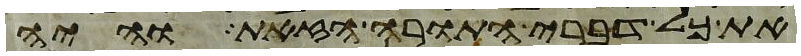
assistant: את כל דברי התורה הזאת והיה